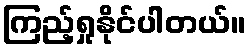
ကြည့်ရှုနိုင်ပါတယ်။